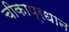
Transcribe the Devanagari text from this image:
चीकाप्रधान